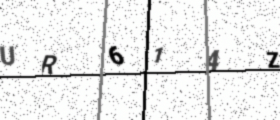
Text: UR614Z